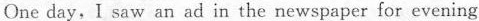
One day, I saw an ad in the newspaper for evening